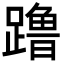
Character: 𬧔